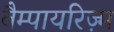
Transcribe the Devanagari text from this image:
वैम्पायरिज़्म